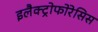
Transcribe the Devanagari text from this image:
इलैक्ट्रोफोरेसिस